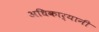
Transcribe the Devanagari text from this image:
अधिकार्यानी